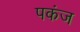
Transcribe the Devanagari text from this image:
पकंज